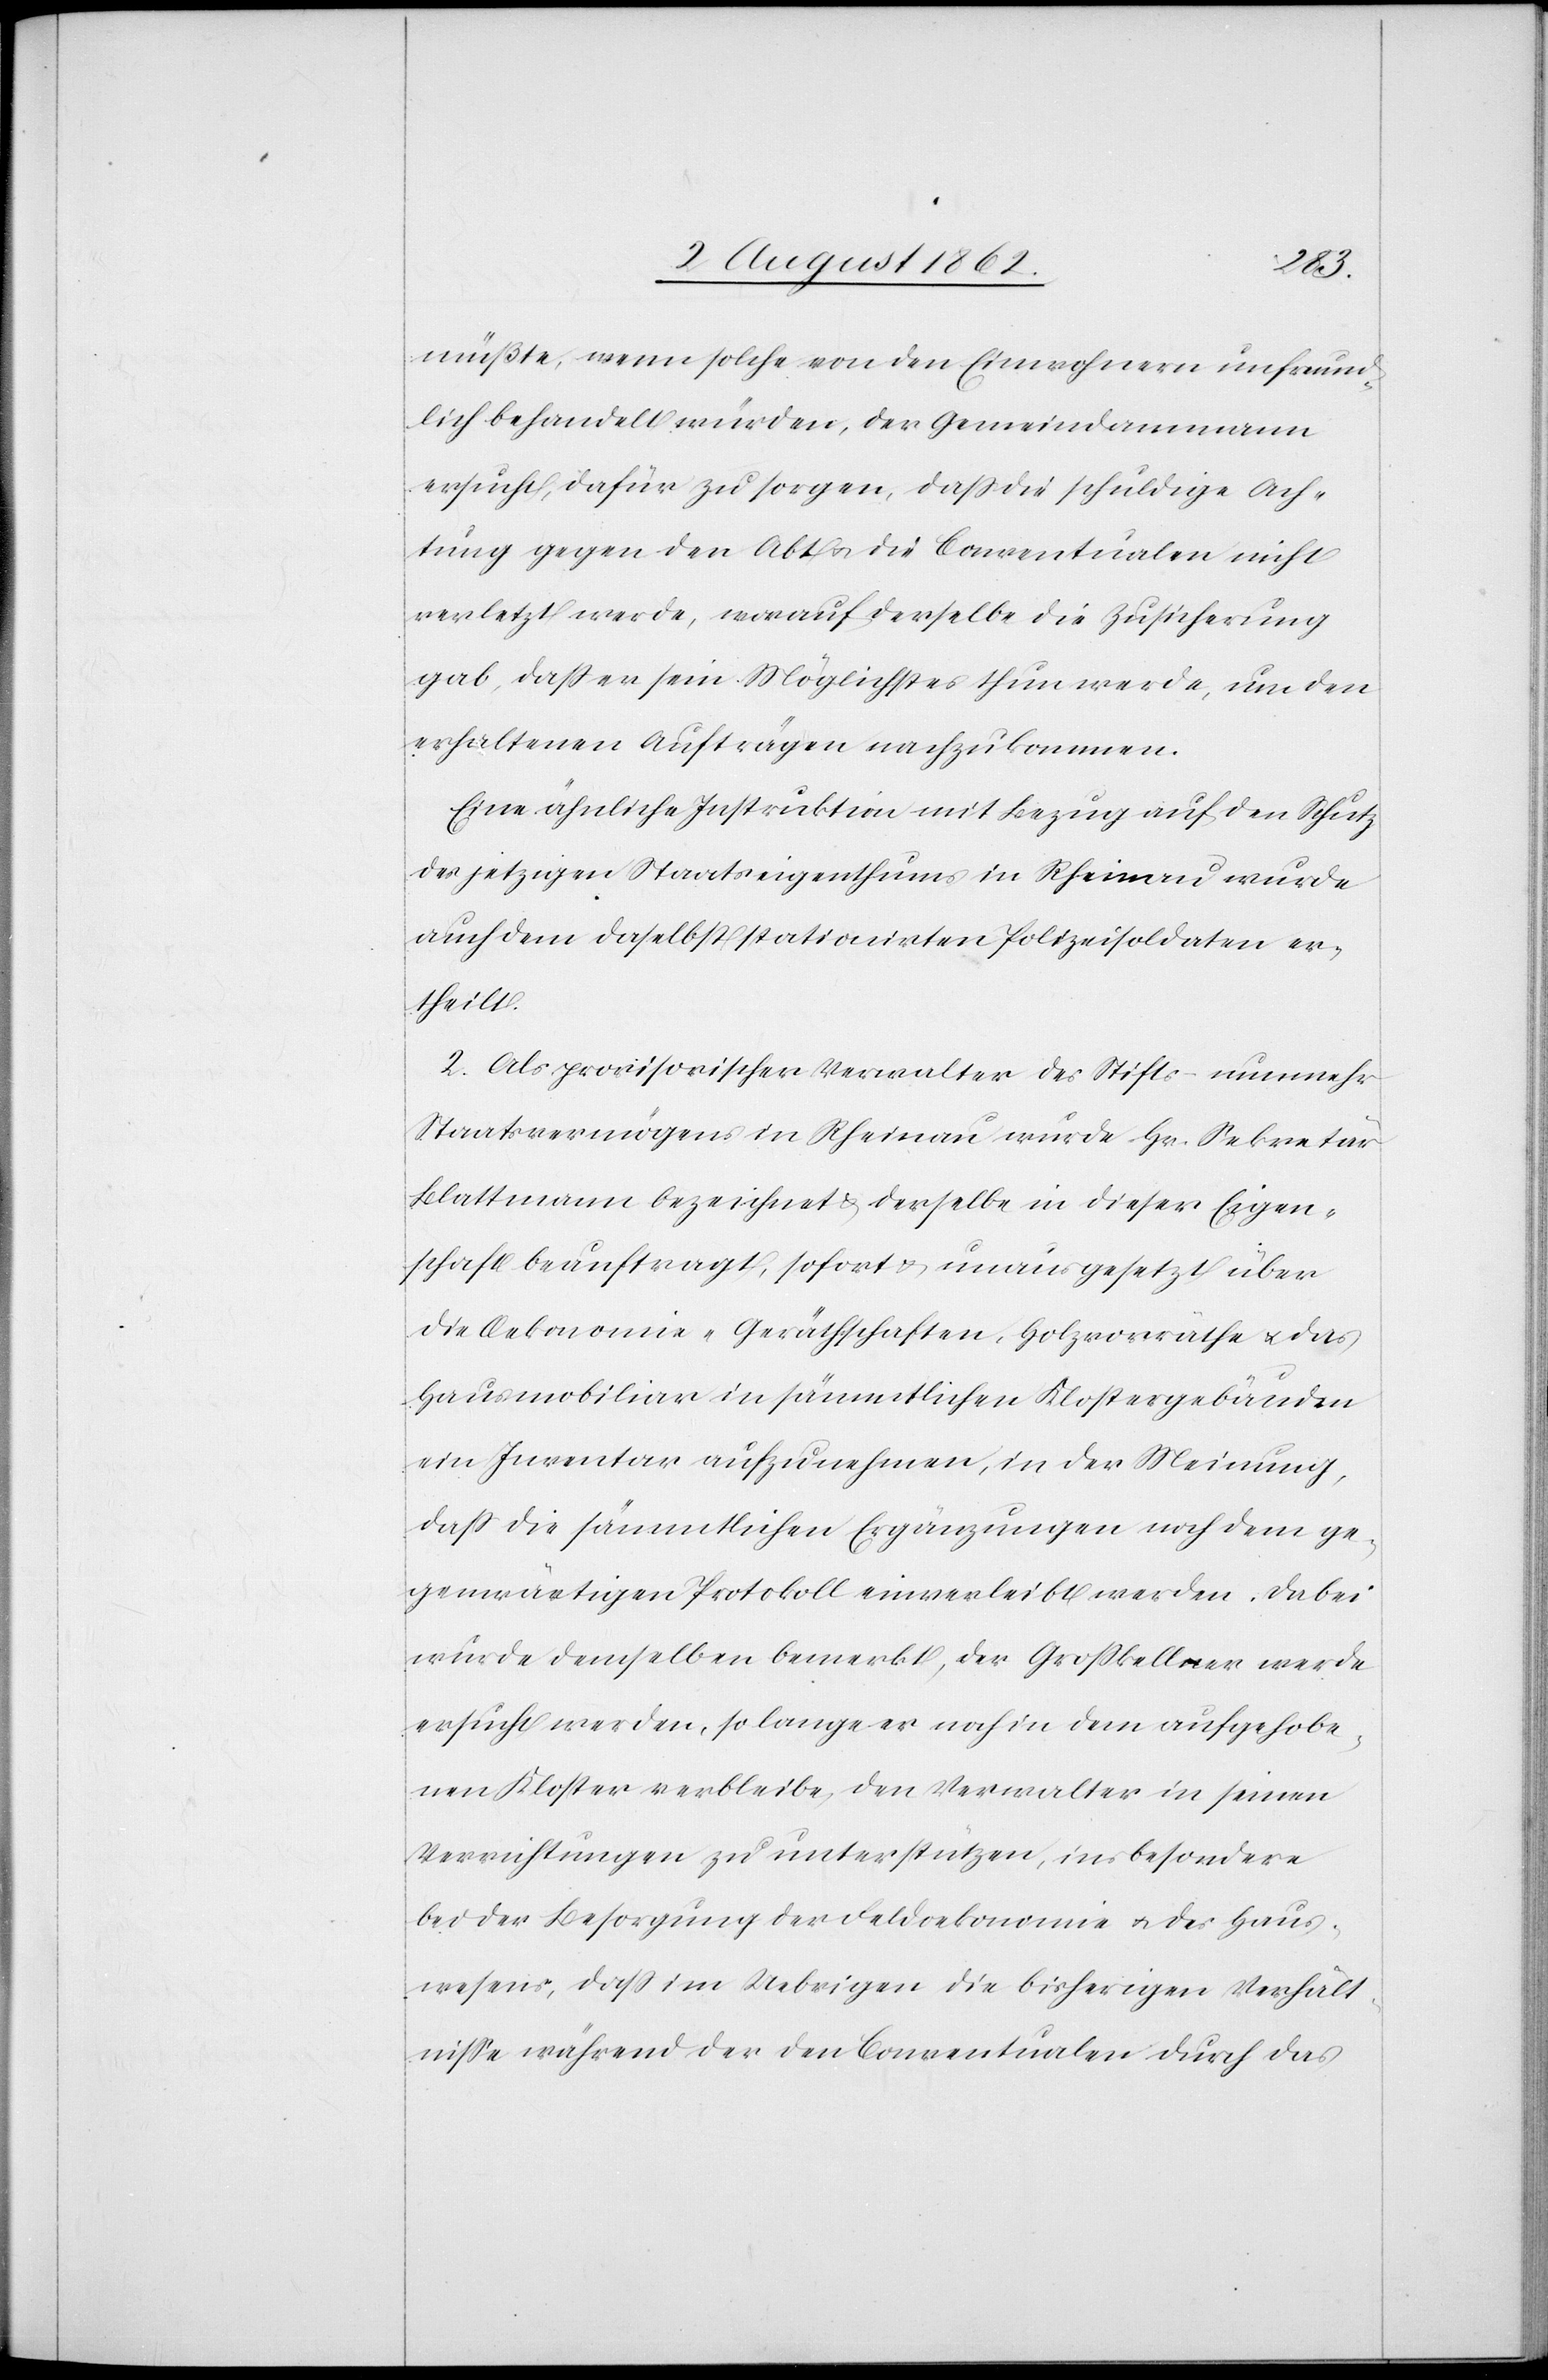
müßte, wenn solche von den Einwohnern unfreund¬
lich behandelt würden, der Gemeindammann
ersucht, dafür zu sorgen, daß die schuldige Ach¬
tung gegen den Abt u. die Conventualen nicht
verletzt werde, worauf derselbe die Zusicherung
gab, daß er sein Möglichstes thun werde, um den
erhaltenen Aufträgen nachzukommen.
Eine ähnliche Instruktion mit Bezug auf den Schutz
des jetzigen Staatseigenthums in Rheinau wurde
auch dem daselbst stationirten Polizeisoldaten er¬
theilt.
2. Als provisorischer Verwalter des Stifts – nunmehr
Staatsvermögens in Rheinau wurde Hr. Sekretär
Blattmann bezeichnet u. derselbe in dieser Eigen¬
schaft beauftragt, sofort u. unausgesetzt über
die Oekonomie- Geräthschaften, Holzvoräthe u. das
Hausmobiliar in sämmtlichen Klostergebäuden
ein Inventar aufzunehmen, in der Meinung,
daß die sämmtlichen Ergänzungen noch dem ge¬
genwärtigen Protokoll einverleibt werden. Dabei
wurde demselben bemerkt, der Großkeller werde
ersucht werden, so lange er noch in dem aufgehobe¬
nen Kloster verbleibe, den Verwalter in seinen
Verrichtungen zu unterstützen, insbesondere
bei der Besorgung der Feldoekonomie u. des Haus¬
wesens, daß im Uebrigen die bisherigen Verhält¬
nisse während der den Conventualen durch das